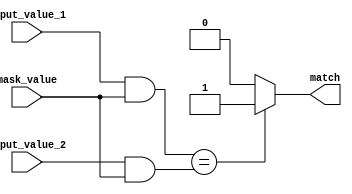
module masked_comparator (
    input [7:0] input_value_1,
    input [7:0] input_value_2,
    input [7:0] mask_value,
    output reg match
);

always @(*) begin
    if((input_value_1 & mask_value) == (input_value_2 & mask_value)) begin
        match = 1'b1;
    end else begin
        match = 1'b0;
    end
end

endmodule